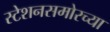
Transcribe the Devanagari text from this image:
स्टेशनसमोरच्या